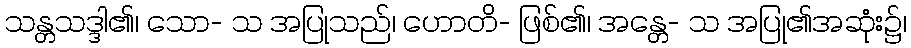
သန္တသဒ္ဒါ၏၊ သော- သ အပြုသည်၊ ဟောတိ- ဖြစ်၏၊ အန္တေ- သ အပြု၏အဆုံး၌၊